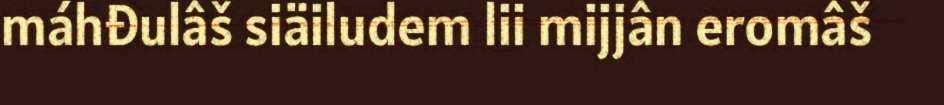
máhđulâš siäiludem lii mijjân eromâš